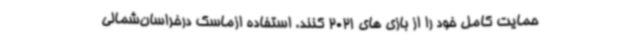
حمایت کامل خود را از بازی های 2021 کنند. استفاده ازماسک درخراسان‌شمالی